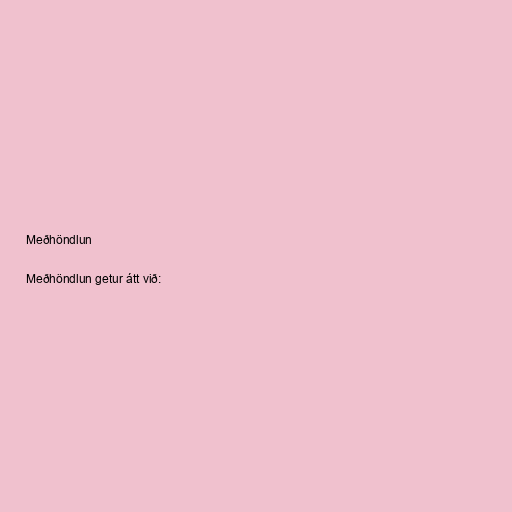
Meðhöndlun

Meðhöndlun getur átt við: